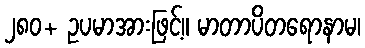
၂၈၀+ ဥပမာအားဖြင့်။ မာတာပိတရောနာမ၊